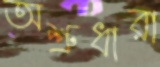
অশ্রুধারা